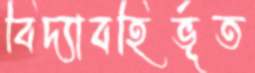
বিদ্যাবহির্ভূত